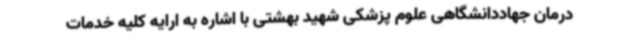
درمان جهاددانشگاهی علوم پزشکی شهید بهشتی با اشاره به ارایه کلیه خدمات